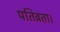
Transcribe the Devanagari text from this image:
पतिव्रता।